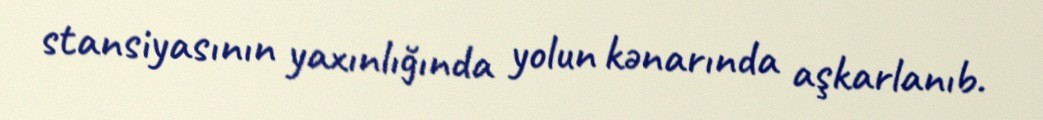
stansiyasının yaxınlığında yolun kənarında aşkarlanıb.